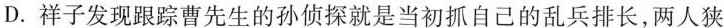
D.祥子发现跟踪曹先生的孙侦探就是当初抓自己的乱兵排长，两人狭